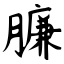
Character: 臁